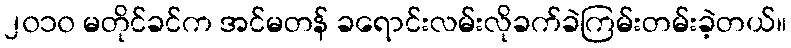
၂၀၁၀ မတိုင်ခင်က အင်မတန် ခရောင်းလမ်းလိုခက်ခဲကြမ်းတမ်းခဲ့တယ်။